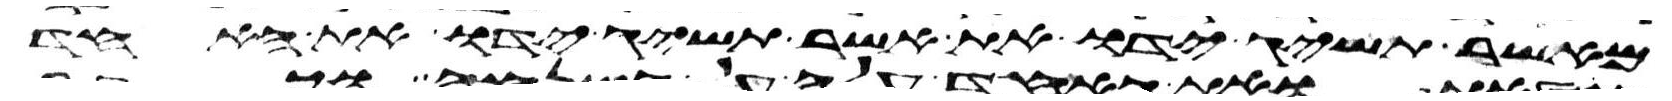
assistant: מאשר תשיג ידו את אשר תשיג ידו את האחד